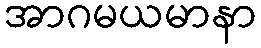
အာဂမယမာနာ